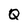
Character: Q